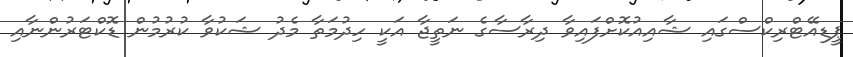
ޕީޑިއޭޓްރިކްސްގައި ޝާއިއުކޮށްފައިވާ ދިރާސާގެ ނަތީޖާ އަކީ ހިދުމަތާ މެދު ޝަކުވާ ކުރުމުން ޑޮކްޓަރުންނާއި